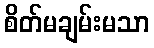
စိတ်မချမ်းမသာ